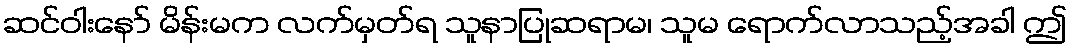
ဆင်ဝါးနော် မိန်းမက လက်မှတ်ရ သူနာပြုဆရာမ၊ သူမ ရောက်လာသည့်အခါ ဤ